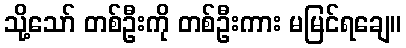
သို့သော် တစ်ဦးကို တစ်ဦးကား မမြင်ရချေ။